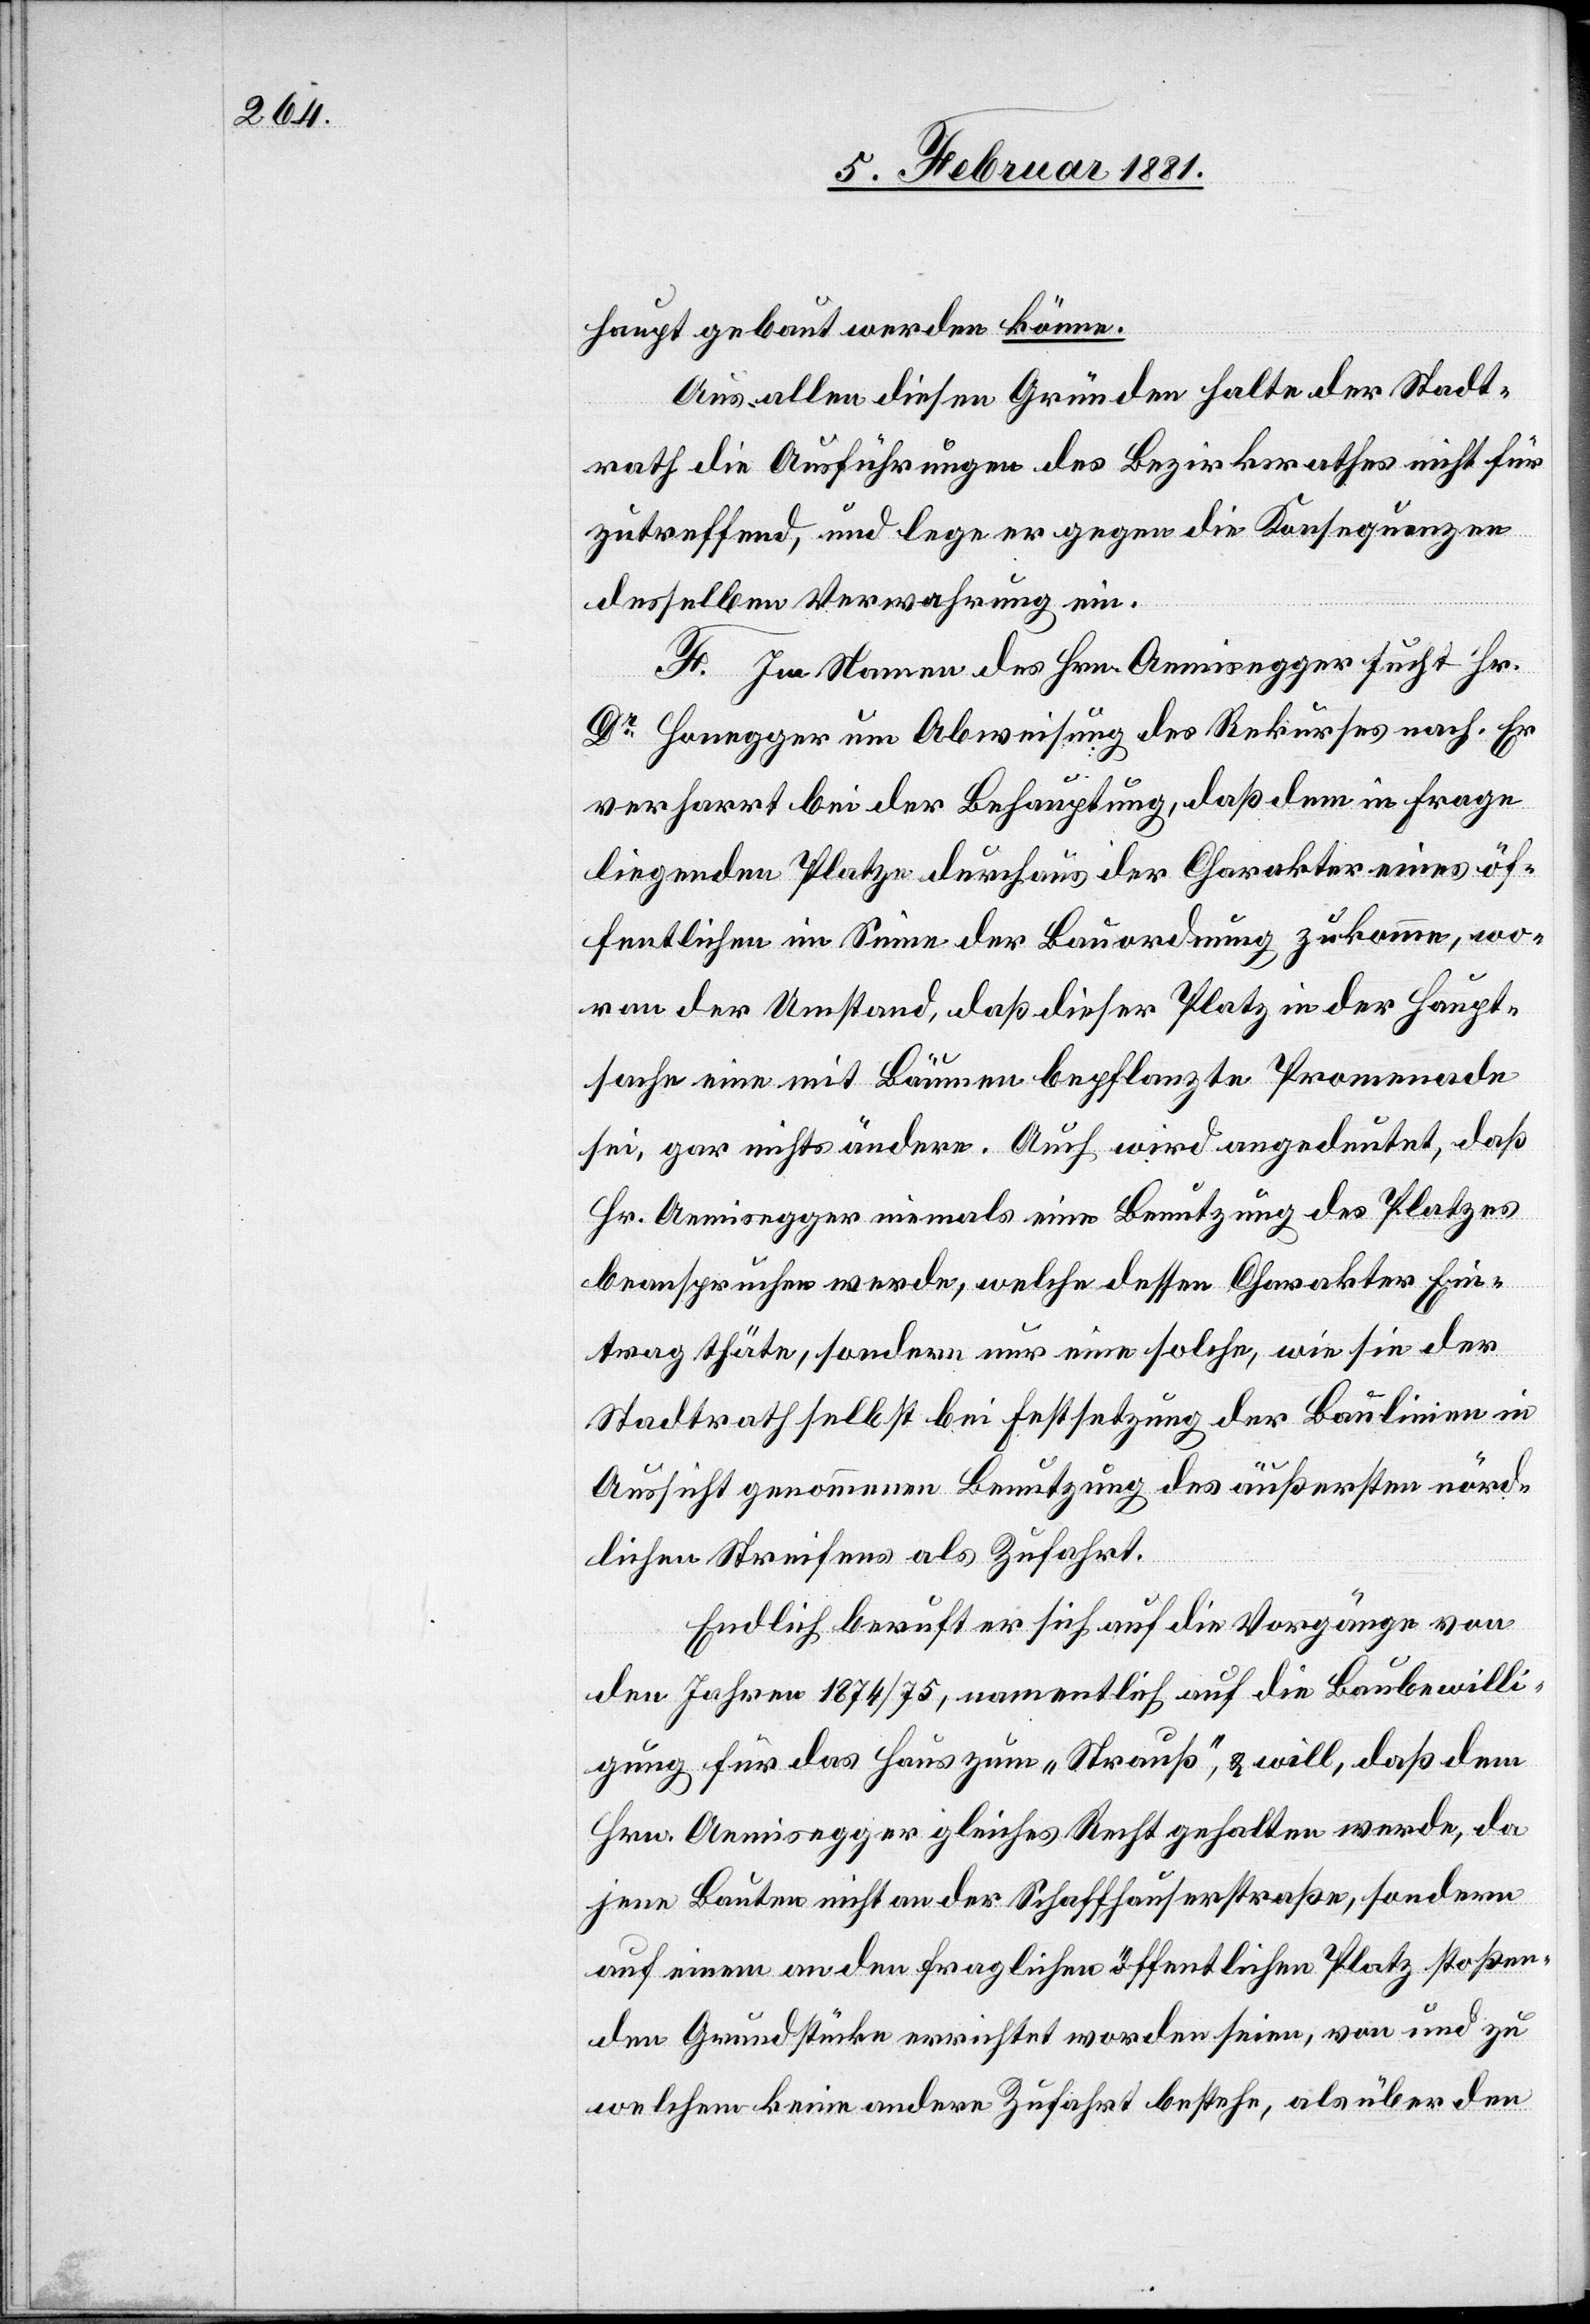
haupt gebaut werden könne.
Aus allen diesen Gründen halte der Stadt¬
rath die Ausführungen des Bezirksrathes nicht für
zutreffend, und lege er gegen die Konsequenzen
derselben Verwahrung ein.
F. In Namen des Hrn. Aemisegger sucht Hr.
Dr Honegger um Abweisung des Rekurses nach. Er
verharrt bei der Behauptung, daß dem in Frage
liegenden Platze durchaus der Charakter eines öf¬
fentlichen im Sinne der Bauordnung zu kommen, wo¬
ran der Umstand, daß dieser Platz in der Haupt¬
sache eine mit Bäumen bepflanzte Promenade
sei, gar nichts ändern. Auch wird angedeutet, daß
Hr. Aemisegger niemals eine Benutzung des Platzes
beanspruchen werde, welche dessen Charakter Ein¬
trag thäte, sondern nur eine solche, wie sie der
Stadtrath selbst bei Festsetzung der Baulinien in
Aussicht genommenen Benutzung des äußersten nörd¬
lichen Streifens als Zufahrt.
Endlich beruft er sich auf die Vorgänge von
den Jahren 1874/75, namentlich auf die Baubewilli¬
gung für das Haus zum „Strauß“, & will, daß dem
Hrn. Aemisegger gleiches Recht gehalten werde, da
jene Bauten nicht an der Schaffhauserstraße, sondern
auf einem an den fraglichen öffentlichen Platz stoßen¬
den Grundstücke errichtet worden seien, von und zu
welchem keine andere Zufahrt bestehe, als über den